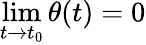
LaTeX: \operatorname*{lim}_{t\rightarrow t_{0}}\theta(t)=0